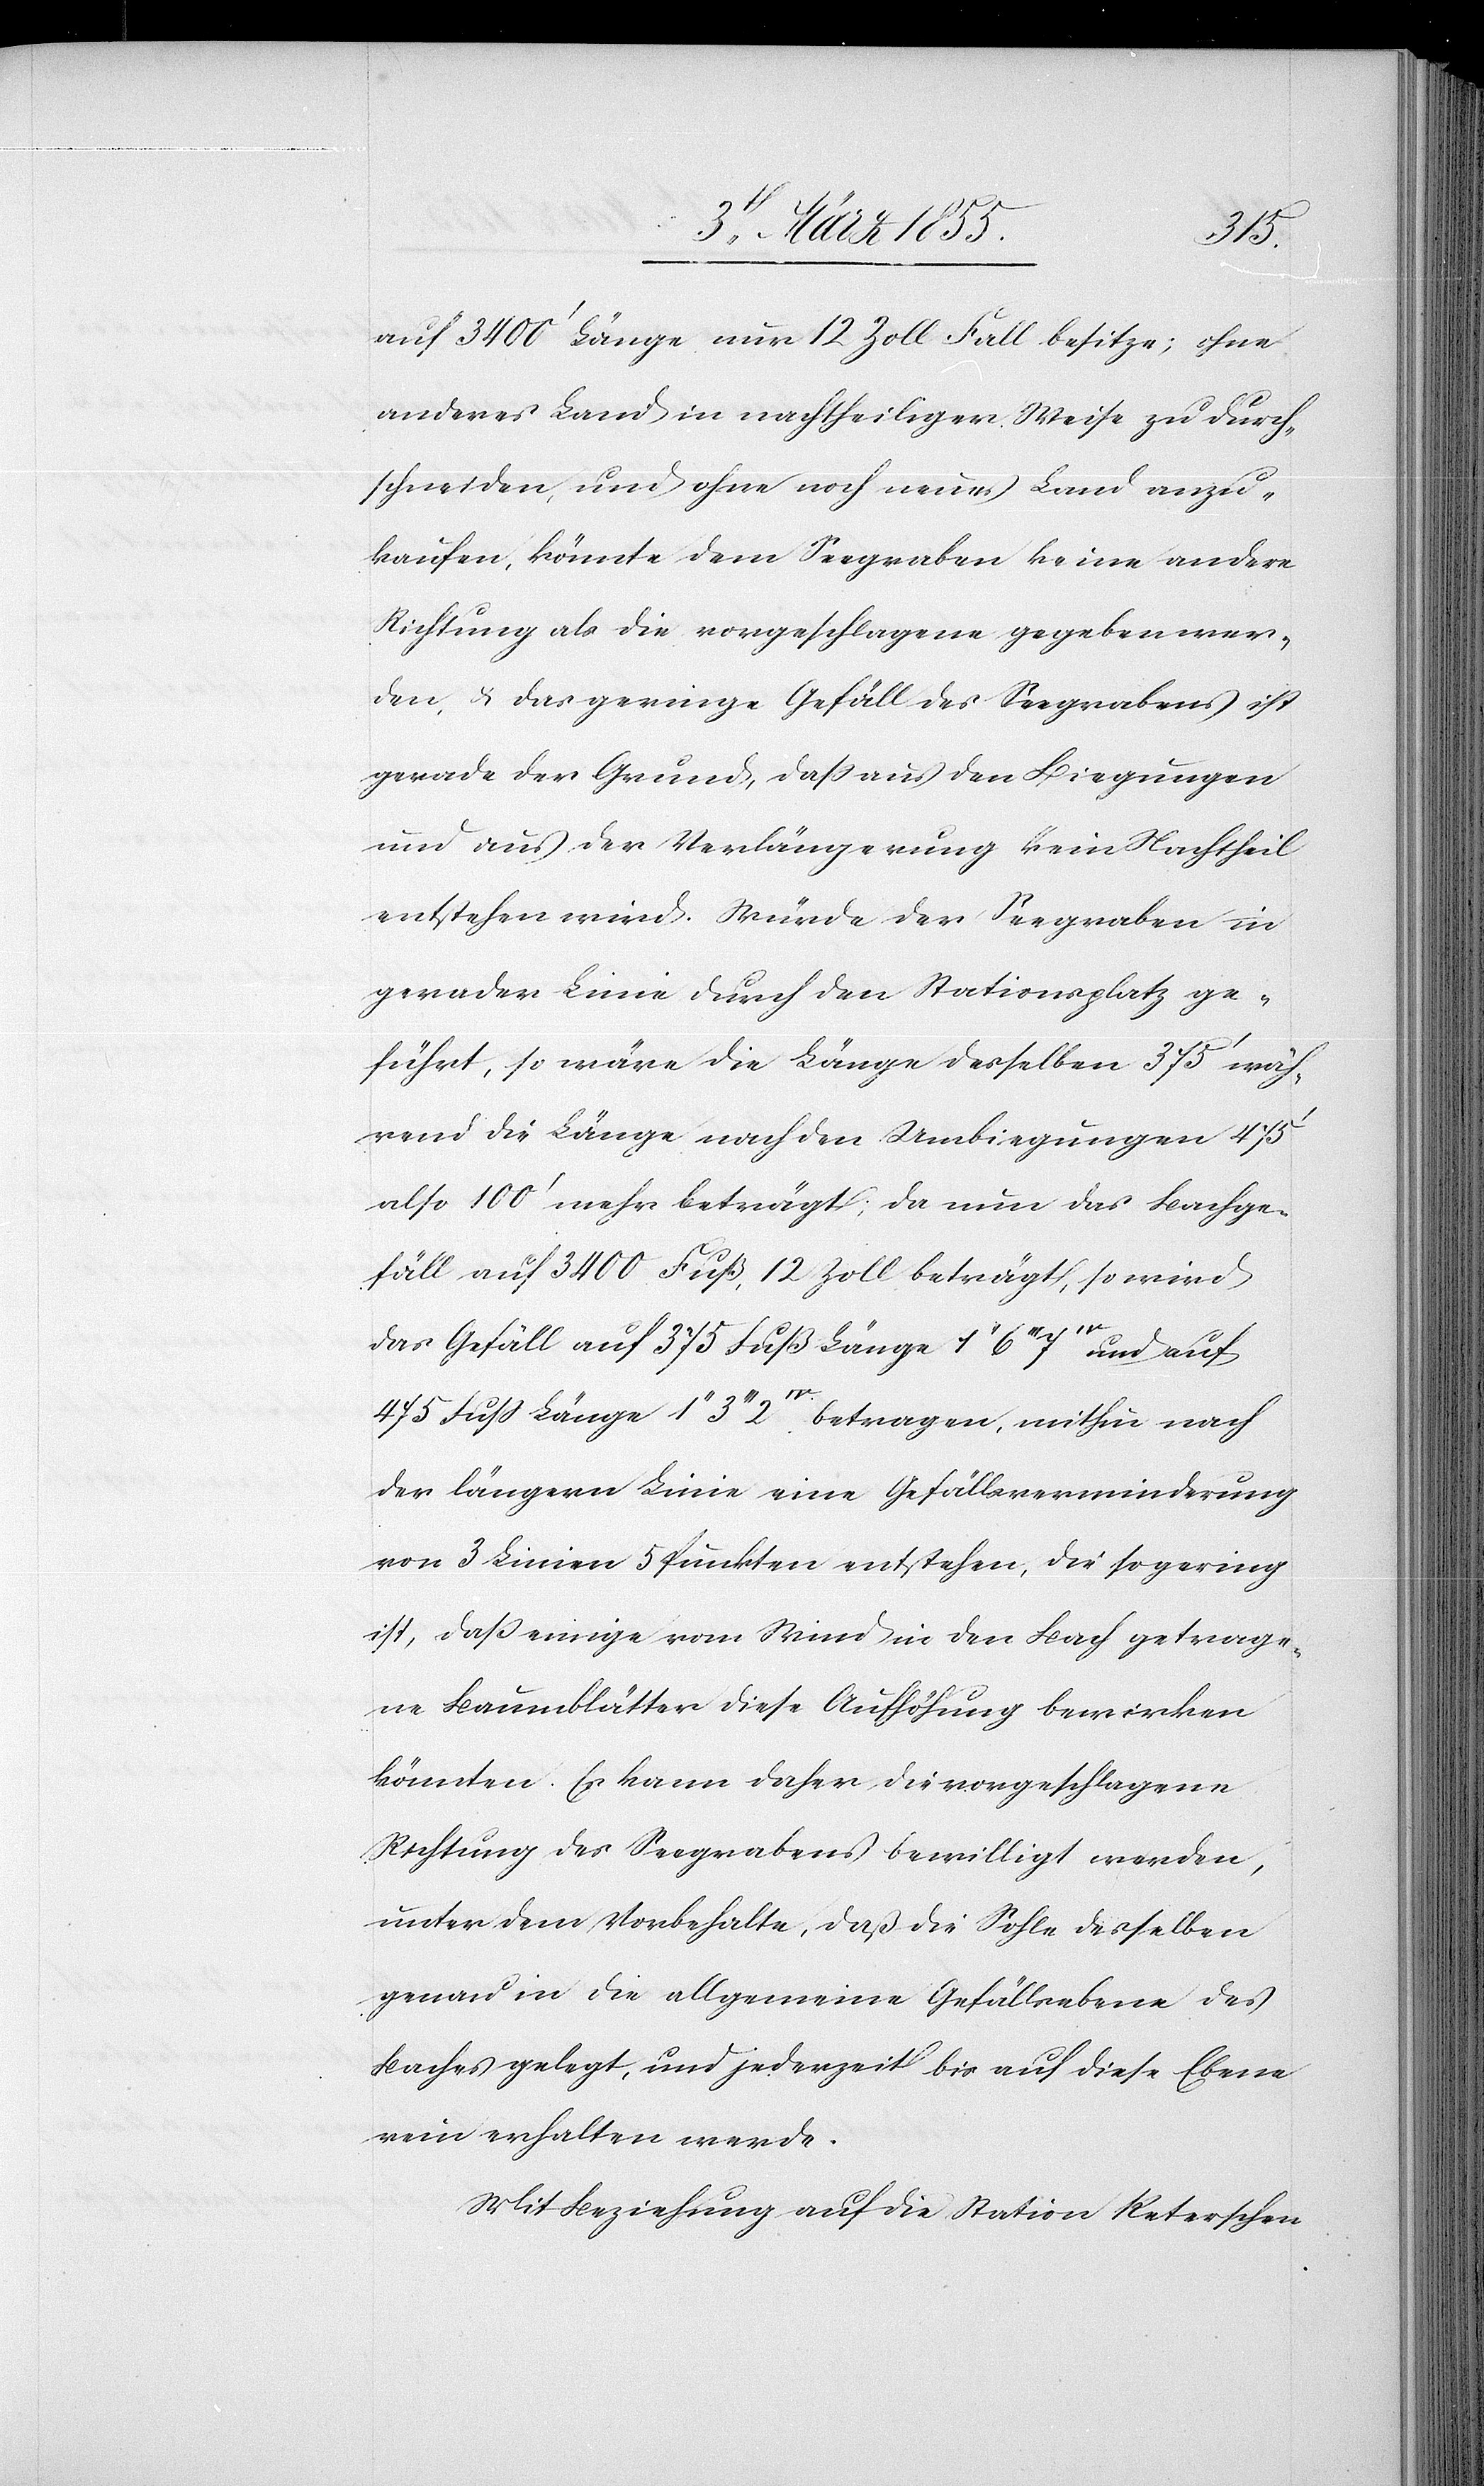
auf 3400‘ Länge nur 12 Zoll Fall besitze; ohne
anderes Land in nachtheiliger Weise zu durch¬
schneiden, und ohne noch neues Land anzu¬
kaufen, könnte dem Seegraben keine andere
Richtung als die vorgeschlagene gegeben wer¬
den, & das geringe Gefäll des Seegrabens ist
gerade der Grund, daß aus den Biegungen
und aus der Verlängerung kein Nachtheil
entstehen wird. Würde der Seegraben in
gerader Linie durch den Stationsplatz ge¬
führt, so wäre die Länge desselben 375‘ wäh¬
rend die Länge nach den Umbiegungen 475‘
also 100‘ mehr beträgt; da nun das Bachge¬
fäll auf 3400 Fuß, 12 Zoll beträgt, so wird
das Gefäll auf 375 Fuß Länge 1II 6III
und auf
475 Fuß Länge 1II 3III 2IV betragen, mithin nach
der längern Linie eine Gefällsverminderung
von 3 Linien 5 Punkten entstehen, die so gering
ist, daß einige vom Wind in den Bach getrage¬
ne Baumblätter diese Aufhöhung bewirken
könnten. Es kann daher die vorgeschlagene
Richtung des Seegrabens bewilligt werden,
unter dem Vorbehalte, daß die Sohle desselben
genau in die allgemeine Gefällsebene des
Baches gelegt, und jederzeit bis auf diese Ebene
rein erhalten werde.
Mit Beziehung auf die Station Reterschen